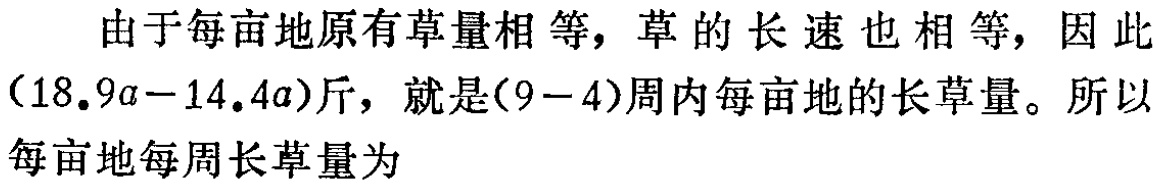
由于每亩地原有草量相等，草的长速也相等，因此\((18.9a - 14.4a)\)斤，就是\((9 - 4)\)周内每亩地的长草量。所以每亩地每周长草量为